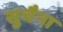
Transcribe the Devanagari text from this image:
सुचैना